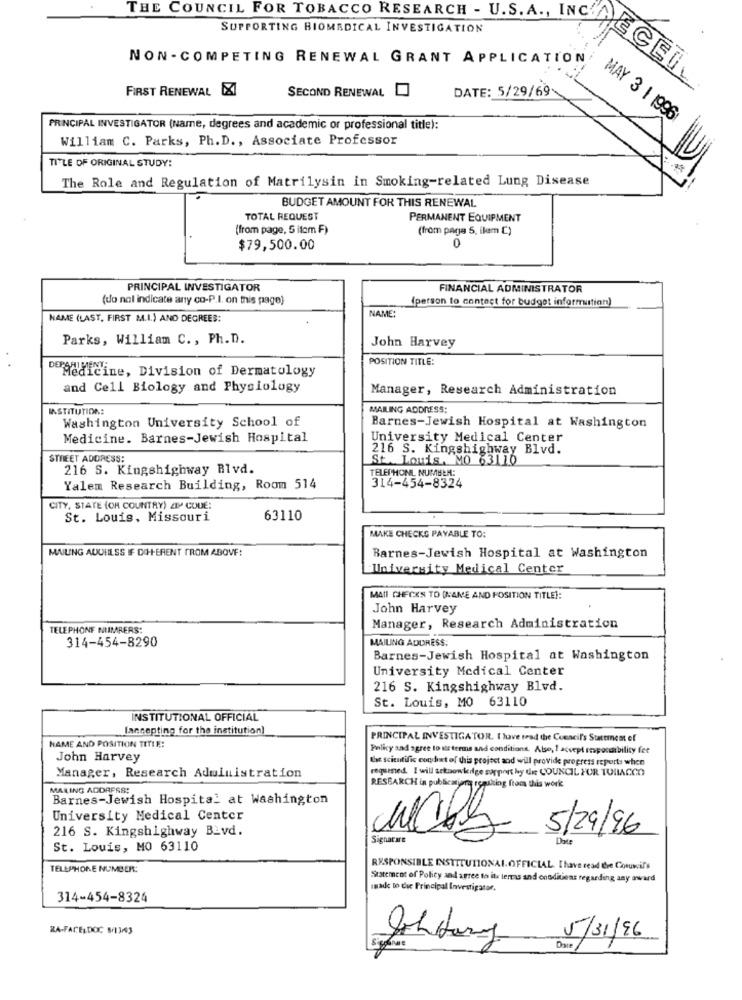
SUPPORTING BIOMEDICAL INVESTIGATION
NON- COMPETING RENEWAL GRANT APPLICATION
EL COUNCIL FOR TOBACCO RESEARCH - U.S.P. IASSIST
FIRST RENEWAL XI
SECOND RENEWAL
DATE: 5/29/69
MAY 3 1 1996
PRINCIPAL INVESTIGATOR (Name, degrees and academic or professional title):
William C. Parks, Ph.D ., Associate Professor
TITLE OF ORIGINAL STUDY:
F#
The Role and Regulation of Matrilysin in Smoking-related Lung Disease
BUDGET AMOUNT FOR THIS RENEWAL
TOTAL REQUEST
PERMANENT EQUIPMENT
(from page, 5 itom F)
(from page 5, ikem C)
$79,500.00
0
PRINCIPAL INVESTIGATOR
FINANCIAL ADMINISTRATOR
(do nal indicate any co-P.I. on this page]
(person to contact for budget informustion)
NAME (LAST, FIRST M.I.) AND DEGREES:
NAME:
Parks, William C ., Ph.D.
John Harvey
POSITION TITLE:
Medicine, Division of Dermatology
and Cell Biology and Physiology
Manager, Research Administration
INSTITUTION:
MAILING ADDRESS:
Washington University School of
Barnes-Jewish Hospital at Washington
Medicine. Barnes-Jewish Hospital
University Medical Center
216 S. Kingshighway Blvd.
STREET ADDRESS:
St. Louis, MO 63110
216 S. Kingshighway Blvd.
TELEPHONE NUMBER:
Yalem Research Building, Room 514
314-454-8324
CITY, STATE (OR COUNTRY) ZIP CODE:
St. Louis, Missouri
63110
MAKE CHECKS PAYABLE TO:
MAILING AUUEILSS IF DIH-ERENT FROM ABOVE:
Barnes-Jewish Hospital at Washington
University Medical Center
MATI CHECKS TO (NAME AND POSITION TITLE]:
John Harvey
Manager, Research Administration
TELEPHONE NUMRERS:
314-454-8290
MAILING ADDRESS:
Barnes-Jewish Hospital at Washington
University Medical Center
216 S. Kingshighway Blvd.
St. Louis, MO 63110
INSTITUTIONAL OFFICIAL
(accepting for the institution)
PRINCIPAL INVESTIGATOR. I have read the Council's Statement of
NAME AND POSITION TITIE:
Policy and agree to its terms and conditions. Also, 1 accept responsibility fer
John Harvey
Sac scientific conduct of this project and will provide progress reports when
required I will acknowledge support by de COUNCIL FOR TOBACCO
Manager, Research Administration
MALING ADDRESS:
RESEARCH in publicarjara remalting from this work
Barnes-Jewish Hospital at Washington
University Medical Center
216 S. Kingshighway BLvd.
5/29/96
Signacare
Date
St. Louis, MO 63110
TELEPHONE NUMBER:
RESPONSIBLE INSTITUTIONALOFFICIAL. I have read tre Council's
Statement of Policy and agree to its lens and onoditiens regarding any award
made to die Principal Investigator.
314-454-8324
ZA-FACELDOC 833
5/31/96